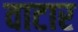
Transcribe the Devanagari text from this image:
वाटार